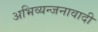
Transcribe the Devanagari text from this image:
अभिव्यन्जनावादी